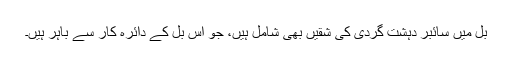
بل میں سائبر دہشت گردی کی شقیں بھی شامل ہیں، جو اس بل کے دائرہ کار سے باہر ہیں۔